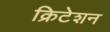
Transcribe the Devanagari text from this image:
क्रिटेशन